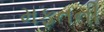
મફતની